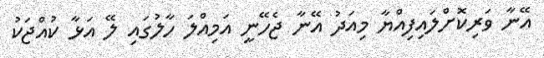
އޭނާ ވަރިކޮށްލައިފިއްޔާ މިއަދު އޭނާ ޖެހޭނީ އަމިއްލަ ހާލުގައި ލޭ އަޅާ ކުއްޖަކު